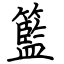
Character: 籃